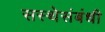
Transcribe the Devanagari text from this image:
सस्थेसंबंधी